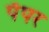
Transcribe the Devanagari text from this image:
पॅपर